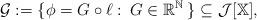
LaTeX: \begin{align*}\mathcal{G}:=\{\phi=G\circ\ell:\:G\in\mathbb{R}^\mathbb{N}\:\}\subseteq\mathcal{J}[\mathbb{X}],\end{align*}